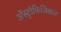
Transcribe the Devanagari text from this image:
अॅस्ट्रॉफिजिकल